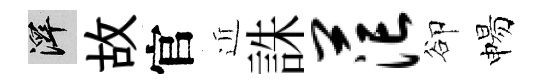
澤故官近誅茫卻惕